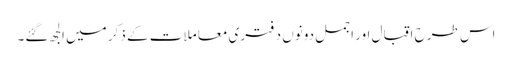
اس طرح اقبال اور اجمل دونوں د فتری معا ملات کے ذکر میں الجھ گئے۔